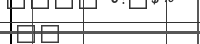
٢٦